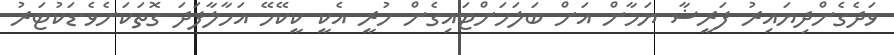
ވަދެގެންދިޔައިރު ފަރީޝާ ޔަމާން އަށް ބަލަހަށްޓައިގެން ހުރީ އެކީ ކީކޭހޭ އަހާލާފަދަ ގޮތަކަށެވެ.ޑަކުޓަރު